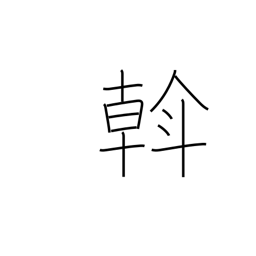
Meaning: rule